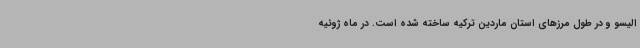
الیسو و در طول مرزهای استان ماردین ترکیه ساخته شده است. در ماه ژوئیه